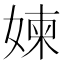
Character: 媡